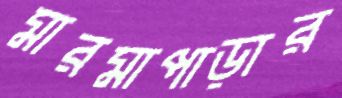
মারমাপাড়ার